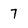
Character: 7